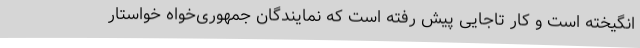
انگیخته است و کار تاجایی پیش رفته است که نمایندگان جمهوری‌خواه خواستار